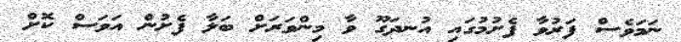
ނަމަވެސް ފަރުވާ ފެށުމުގައި އުނދަގޫ ވާ މިންވަރަށް ބަލާ ފެށުން އަވަސް ކޮށް